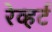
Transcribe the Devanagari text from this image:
रेव्हर्ट